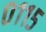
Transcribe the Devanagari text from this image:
०११५